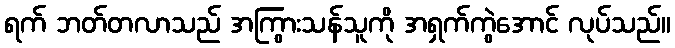
ရက် ဘတ်တလာသည် အကြွားသန်သူကို အရှက်ကွဲအောင် လုပ်သည်။